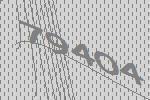
79404